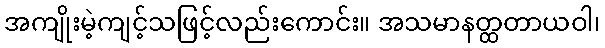
အကျိုးမဲ့ကျင့်သဖြင့်လည်းကောင်း။ အသမာနတ္ထတာယဝါ၊